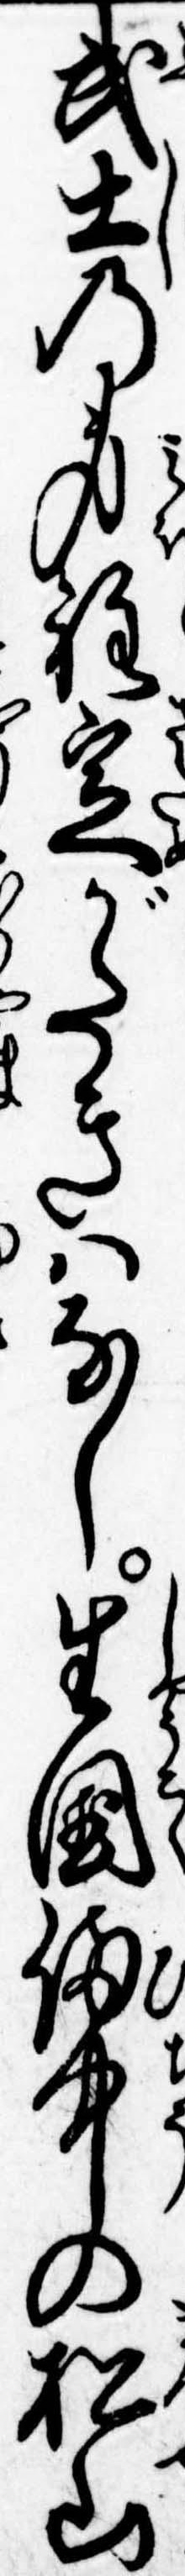
武士の身程定がたきはなし生国備中の松山